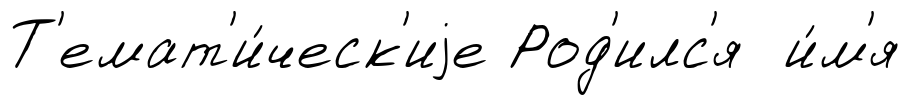
Т'емат'и́ческ'иjе Род'илс'я и́м'я